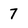
Character: 7